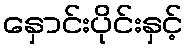
နှောင်းပိုင်းနှင့်